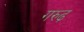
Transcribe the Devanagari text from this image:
गरुढ़